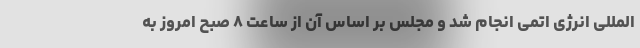
المللی انرژی اتمی انجام شد و مجلس بر اساس آن از ساعت ۸ صبح امروز به